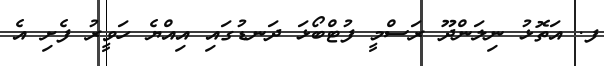
ފ. އަތޮޅު ނިލަންދޫ ރަސްމީ ފުޓްބޯޅަ ދަނޑުގައި އިއްޔެ ހަވީރު ފެށި އެ